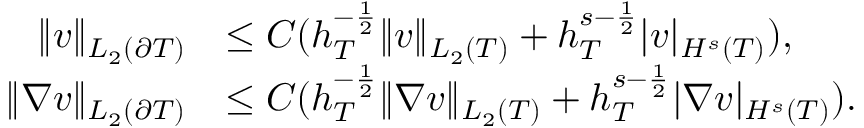
\begin{array} { r l } { \| v \| _ { L _ { 2 } ( \partial T ) } } & { \le C ( h _ { T } ^ { - \frac 1 2 } \| v \| _ { L _ { 2 } ( T ) } + h _ { T } ^ { s - \frac 1 2 } | v | _ { H ^ { s } ( T ) } ) , } \\ { \| \nabla v \| _ { L _ { 2 } ( \partial T ) } } & { \le C ( h _ { T } ^ { - \frac 1 2 } \| \nabla v \| _ { L _ { 2 } ( T ) } + h _ { T } ^ { s - \frac 1 2 } | \nabla v | _ { H ^ { s } ( T ) } ) . } \end{array}